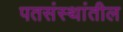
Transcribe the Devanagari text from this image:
पतसंस्थांतील